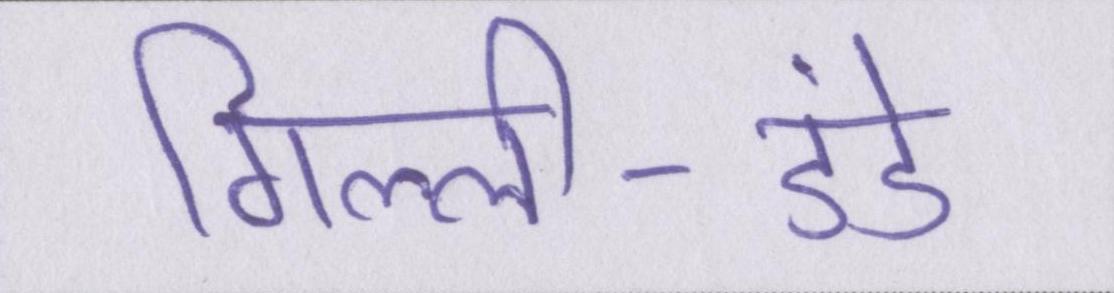
गिल्ली-डंडे